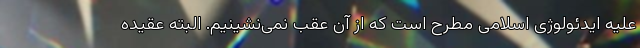
علیه ایدئولوژی اسلامی مطرح است که از آن عقب نمی‌نشینیم. البته عقیده